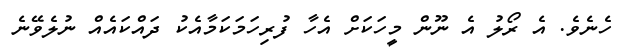
ހެނެވެ. އެ ރޯލު އެ ނޫން މީހަކަށް އެހާ ފުރިހަމަކަމާއެކު ދައްކައެއް ނުލެވޭނެ